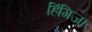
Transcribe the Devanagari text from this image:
हिंगिजा